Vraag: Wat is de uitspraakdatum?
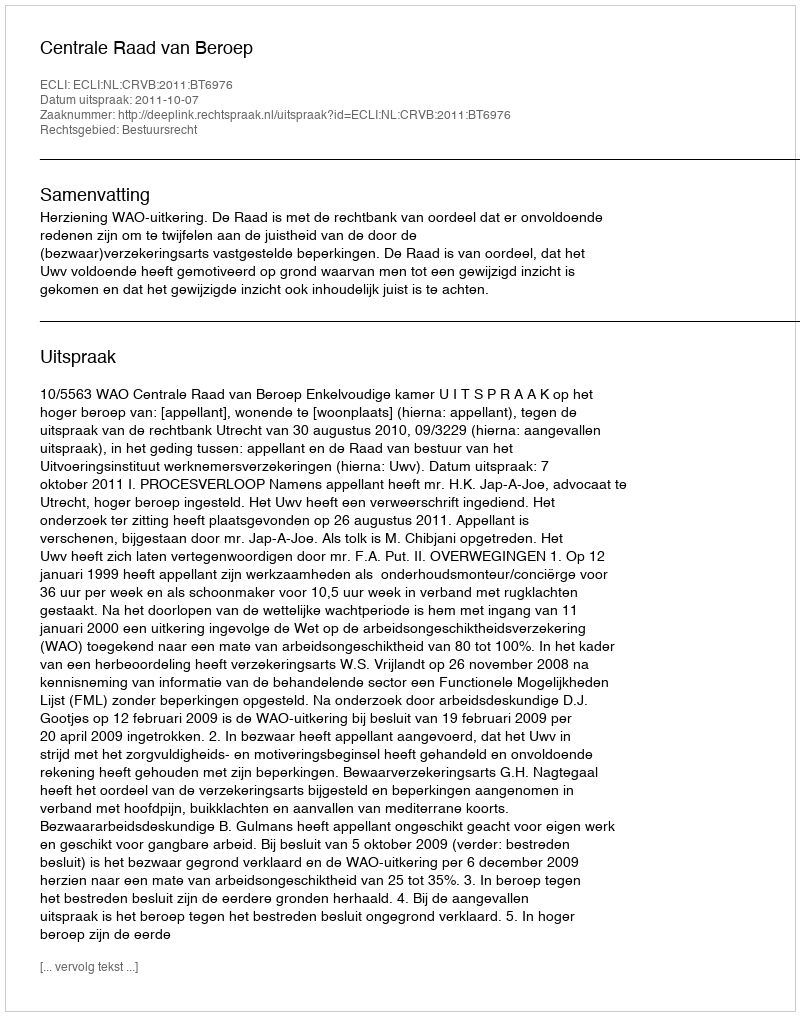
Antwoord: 2011-10-07